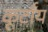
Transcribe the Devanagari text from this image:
कूर्टॉय